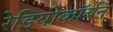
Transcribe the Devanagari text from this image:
रेडियोकॉर्बन